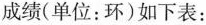
成绩（单位：环）如下表：